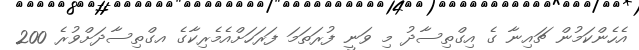
އެހެންކަމުން ޗައިނާ ގެ އިގްތިސާދު މި ވަނީ ފުރަތަމަ ފަރަހަށްއެމެރިކާގެ އގްތިސާދަށްވުރެ 200